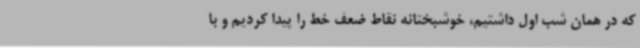
که در همان شب اول داشتیم، خوشبختانه نقاط ضعف خط را پیدا کردیم و با